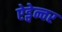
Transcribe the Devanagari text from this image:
ऐड्वेन्चर